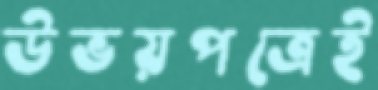
উভয়পত্রেই